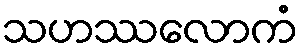
သဟဿလောကံ